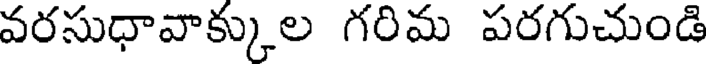
వరసుధావాక్కుల గరిమ పరగుచుండి